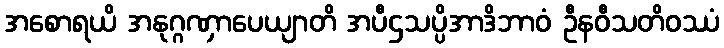
အစောရယိ အနုဂ္ဂဏှာပေယျာတိ အပီဌသပ္ပိအာဒိဘာဝံ ဦနဝီသတိဝဿံ